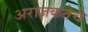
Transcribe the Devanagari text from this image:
अराजकतेचे